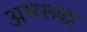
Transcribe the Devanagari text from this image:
अमरूद्ध